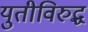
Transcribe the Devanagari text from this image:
युतीविरुद्ध